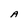
Character: A